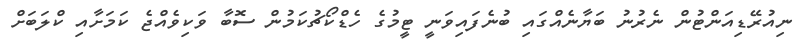
ނިއުރޭޑިއަންޓުން ނެރުނު ބަޔާނެއްގައި ބުނެފައިވަނީ ޓީމުގެ ހެޑްކޯޗުކަމުން ސޮބާ ވަކިވެއްޖެ ކަމަށާއި ކްލަބަށް